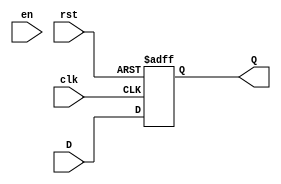
`timescale 1ns / 1ps
//////////////////////////////////////////////////////////////////////////////////
// Company: NSYSU
// 
// Design Name: 
// Module Name: dff
// Project Name: 
// Target Devices: 
// Tool Versions: 
// Description: 
// 
// Dependencies: 
// 
// Revision:
// Revision 0.01 - File Created
// Additional Comments:
// 
//////////////////////////////////////////////////////////////////////////////////


module dff(
clk,D,rst,en,Q
    );
    input clk,rst,en,D;
    output reg Q;
    always@(posedge clk or negedge rst)begin 
    if(!rst)
        Q<=1'b0;
    else
        Q<=D;
    end
endmodule